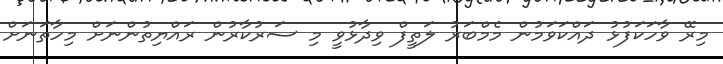
މިރޭ ވާހަކަފުޅު ދައްކަވަމުން މެމްބަރު ލަތީފް ވިދާޅުވީ މި ސަރުކާރުން ރައްޔިތުންނަށް މިހާތަނަށް